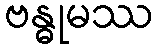
ဗန္ဓုမဿ